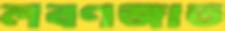
লবণজাত